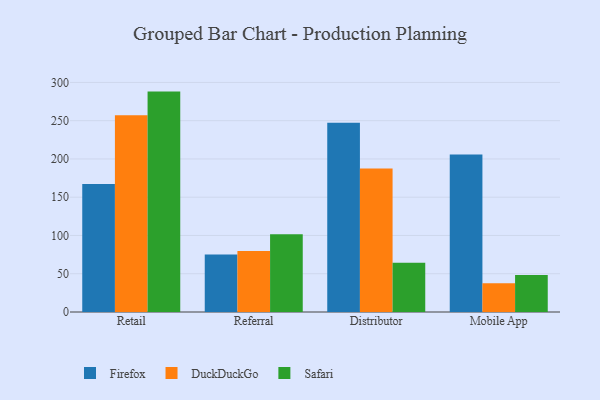
{"axis": {"x": "Channel", "y": "Website Visitors"}, "legend": ["DuckDuckGo", "Firefox", "Safari"], "data": [{"x": "Retail", "y": 167.4, "type": "Firefox"}, {"x": "Retail", "y": 257.1, "type": "DuckDuckGo"}, {"x": "Retail", "y": 288.0, "type": "Safari"}, {"x": "Referral", "y": 75.0, "type": "Firefox"}, {"x": "Referral", "y": 79.7, "type": "DuckDuckGo"}, {"x": "Referral", "y": 101.7, "type": "Safari"}, {"x": "Distributor", "y": 247.3, "type": "Firefox"}, {"x": "Distributor", "y": 187.5, "type": "DuckDuckGo"}, {"x": "Distributor", "y": 64.2, "type": "Safari"}, {"x": "Mobile App", "y": 205.7, "type": "Firefox"}, {"x": "Mobile App", "y": 37.7, "type": "DuckDuckGo"}, {"x": "Mobile App", "y": 48.4, "type": "Safari"}]}